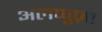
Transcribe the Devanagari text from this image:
अलप्पुज़ा